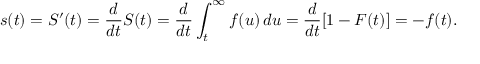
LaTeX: s ( t ) = S ^ { \prime } ( t ) = { \frac { d } { d t } } S ( t ) = { \frac { d } { d t } } \int _ { t } ^ { \infty } f ( u ) \, d u = { \frac { d } { d t } } [ 1 - F ( t ) ] = - f ( t ) .